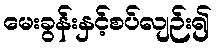
မေးခွန်းနှင့်စပ်လျဉ်း၍